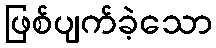
ဖြစ်ပျက်ခဲ့သော